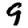
Digit: 9